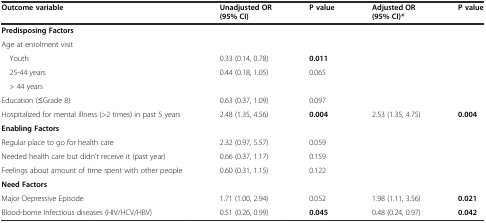
| Outcome variable | Unadjusted OR (95% CI) | P value | Adjusted OR (95% CI)* | P value |
 | --- | --- | --- | --- | --- |
 | <COLSPAN=5> Predisposing Factors |
 | Age at enrolment visit |  |  | <ROWSPAN=4>  | <ROWSPAN=4>  |
 | Youth | 0.33 (0.14, 0.78) | 0.011 |
 | 25-44 years | <ROWSPAN=2> 0.44 (0.18, 1.05) | <ROWSPAN=2> 0.065 |
 | > 44 years |
 | Education (≤Grade 8) | 0.63 (0.37, 1.09) | 0.097 |  |  |
 | Hospitalized for mental illness (>2 times) in past 5 years | 2.48 (1.35, 4.56) | 0.004 | 2.53 (1.35, 4.75) | 0.004 |
 | <COLSPAN=5> Enabling Factors |
 | Regular place to go for health care | 2.32 (0.97, 5.57) | 0.059 |  |  |
 | Needed health care but didn’t receive it (past year) | 0.66 (0.37, 1.17) | 0.159 |  |  |
 | Feelings about amount of time spent with other people | 0.60 (0.31, 1.15) | 0.122 |  |  |
 | <COLSPAN=5> Need Factors |
 | Major Depressive Episode | 1.71 (1.00, 2.94) | 0.052 | 1.98 (1.11, 3.56) | 0.021 |
 | Blood-borne Infectious diseases (HIV/HCV/HBV) | 0.51 (0.26, 0.99) | 0.045 | 0.48 (0.24, 0.97) | 0.042 |